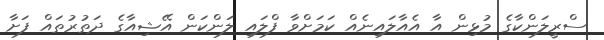
ސްރީލަންކާގެ މުޅިން އާ އެއާލައިނެއް ކަމަށްވާ ފްލައި ލަންކަން އޭޝިއާގެ ދަތުރުތައް ފަށާ